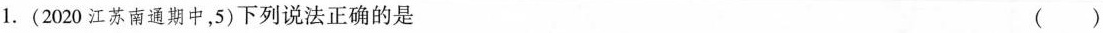
1.(2020江苏南通期中,5)下列说法正确的是 ()